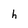
Character: h